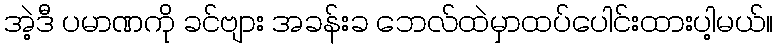
အဲ့ဒီ ပမာဏကို ခင်ဗျား အခန်းခ ဘေလ်ထဲမှာထပ်ပေါင်းထားပါ့မယ်။